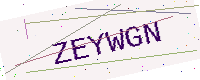
Text: ZEYWGN